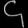
Digit: ၄